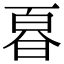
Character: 𭦚